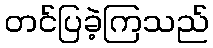
တင်ပြခဲ့ကြသည်